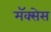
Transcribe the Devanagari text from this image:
मॅक्सेस